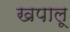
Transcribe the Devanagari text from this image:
खपालू